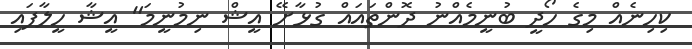
ކިހިނެއް މިގެ ހޯދީ ބުނީމެއްނު ދޮންތައައް ގުޅާށޭ އީޝް ނިމުނީމަ" އީޝާ ހީލާފައި